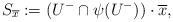
LaTeX: \begin{align*} S_{\overline{x}} := (U^- \cap \psi(U^-)) \cdot \overline{x},\end{align*}